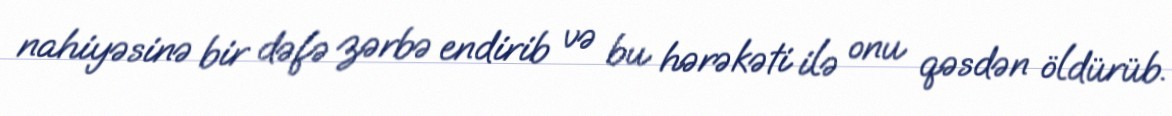
nahiyəsinə bir dəfə zərbə endirib və bu hərəkəti ilə onu qəsdən öldürüb.